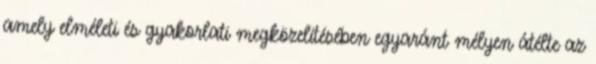
amely elméleti és gyakorlati megközelítésében egyaránt mélyen átélte az